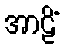
အာဠိံ